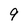
Character: 9